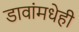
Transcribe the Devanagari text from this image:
डावांमधेही